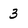
Character: 3